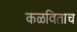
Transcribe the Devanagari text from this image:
कळविताच